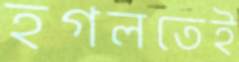
হগলতেই